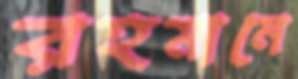
রহমানে